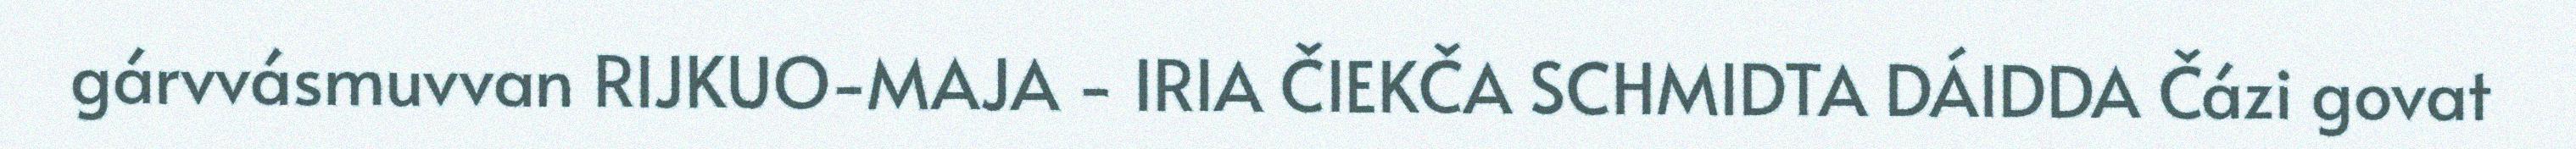
gárvvásmuvvan RIJKUO-MAJA - IRIA ČIEKČA SCHMIDTA DÁIDDA Čázi govat